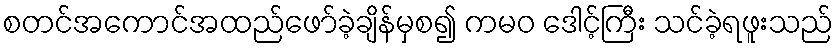
စတင်အကောင်အထည်ဖော်ခဲ့ချိန်မှစ၍ ကမဝ ဒေါင့်ကြီး သင်ခဲ့ရဖူးသည်